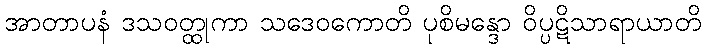
အာတာပနံ ဒသဝတ္ထုကာ သဒေဝကောတိ ပုစိမန္ဒော ဝိပ္ပဋိသာရာယာတိ